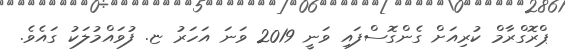
ޕްރޮގްރާމް ކުރިއަށް ގެންގޮސްފައި ވަނީ 2019 ވަނަ އަހަރު ޏ. ފުވައްމުލަކު ގައެވެ.